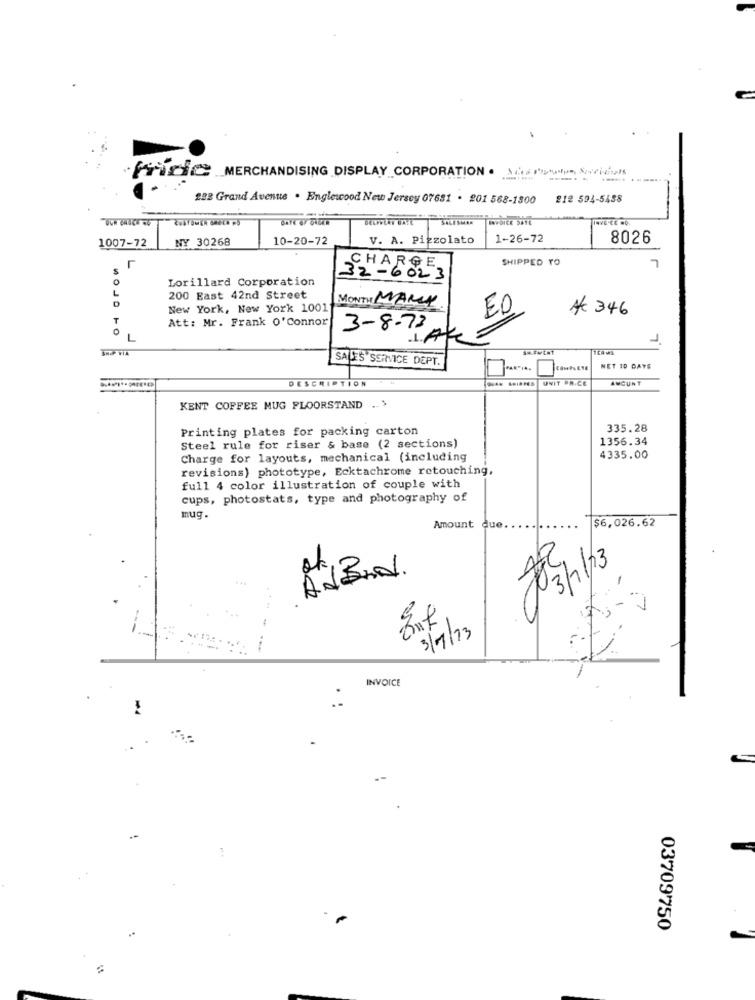
FDCMERCHANDISING DISPLAY CORPORATION · Protocol
228 Grand Avenue . Englewood New Jersey 07681 . 201 568-1800
212 594-5458
1007-72
NY 30268
10-20-72
V. A. Pizzolato
1-26-72
8026
SHIPPED TO
CHARGE
7
Lorillard Corporation
32-6023
200 East 42nd Street
MONTH MANY
MOJO
New York, New York 10011
A 346
T
Att: Mr. Frank O'Connor
ED
0
3-8-73
L
L
LAK
SHOP VIA
SALES SERVICE DEPT.
NET ID DAYS
DESCRIPTION
UNIT PRICE
AMOUNT
KENT COFFEE MUG FLOORSTAND ...
Printing plates for packing carton
335.28
1356.34
Steel rule for riser & base (2 sections)
Charge for layouts, mechanical (including
4335.00
revisions) phototype, Ecktachrome retouching,
full 4 color illustration of couple with
cups, photostats, type and photography of
mug.
$6,026.62
Amount due
-
(V)
3/7/13
INVOICE
03709750